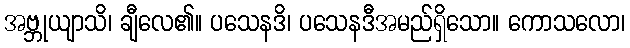
အဗ္ဘုယျာသိ၊ ချီလေ၏။ ပသေနဒိ၊ ပသေနဒီအမည်ရှိသော။ ကောသလော၊